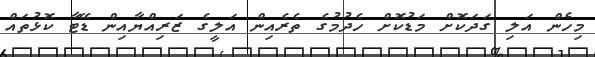
މިހެން އަލި ގަދަކޮށް މަޑުކޮށް ހެދުމުގެ ތެރެއިން އަލީގެ ޒަރިއްޔާއިން ޑޭޓާ ކޮޅުތައް